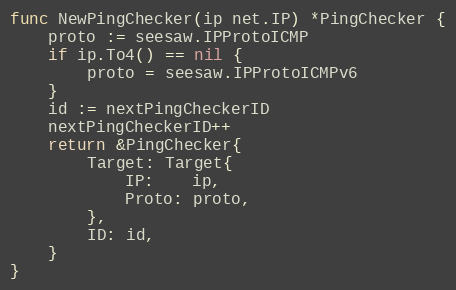
Language: Go
func NewPingChecker(ip net.IP) *PingChecker {
	proto := seesaw.IPProtoICMP
	if ip.To4() == nil {
		proto = seesaw.IPProtoICMPv6
	}
	id := nextPingCheckerID
	nextPingCheckerID++
	return &PingChecker{
		Target: Target{
			IP:    ip,
			Proto: proto,
		},
		ID: id,
	}
}